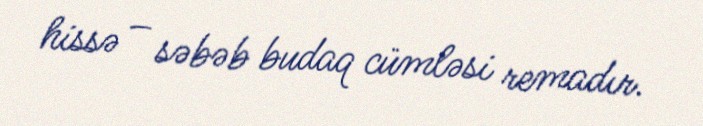
hissə – səbəb budaq cümləsi remadır.